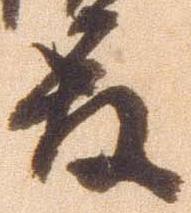
殿